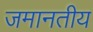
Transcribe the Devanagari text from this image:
जमानतीय